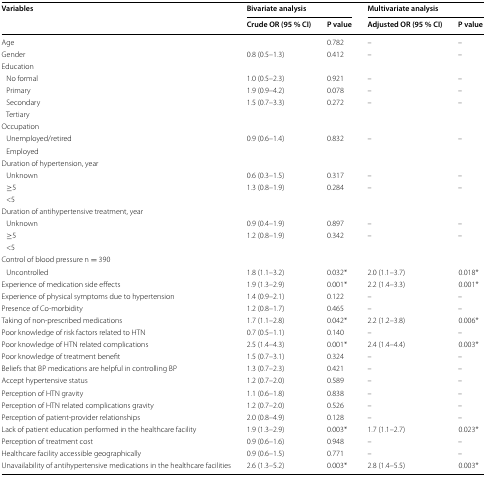
<table><thead><tr><td rowspan="2"><b>Variables</b></td><td colspan="2"><b>Bivariate analysis</b></td><td colspan="2"><b>Multivariate analysis</b></td></tr><tr><td><b>Crude OR (95 % CI)</b></td><td><b>P value</b></td><td><b>Adjusted OR (95 % CI)</b></td><td><b>P value</b></td></tr></thead><tbody><tr><td>Age</td><td></td><td>0.782</td><td>–</td><td>–</td></tr><tr><td>Gender</td><td>0.8 (0.5–1.3)</td><td>0.412</td><td>–</td><td>–</td></tr><tr><td colspan="5">Education</td></tr><tr><td> No formal</td><td>1.0 (0.5–2.3)</td><td>0.921</td><td>–</td><td>–</td></tr><tr><td> Primary</td><td>1.9 (0.9–4.2)</td><td>0.078</td><td>–</td><td>–</td></tr><tr><td> Secondary</td><td>1.5 (0.7–3.3)</td><td>0.272</td><td>–</td><td>–</td></tr><tr><td> Tertiary</td><td></td><td></td><td></td><td></td></tr><tr><td colspan="5">Occupation</td></tr><tr><td> Unemployed/retired</td><td>0.9 (0.6–1.4)</td><td>0.832</td><td>–</td><td>–</td></tr><tr><td> Employed</td><td></td><td></td><td></td><td></td></tr><tr><td colspan="5">Duration of hypertension, year</td></tr><tr><td> Unknown</td><td>0.6 (0.3–1.5)</td><td>0.317</td><td>–</td><td>–</td></tr><tr><td> ≥5</td><td>1.3 (0.8–1.9)</td><td>0.284</td><td>–</td><td>–</td></tr><tr><td> &lt;5</td><td></td><td></td><td></td><td></td></tr><tr><td colspan="5">Duration of antihypertensive treatment, year</td></tr><tr><td> Unknown</td><td>0.9 (0.4–1.9)</td><td>0.897</td><td>–</td><td>–</td></tr><tr><td> ≥5</td><td>1.2 (0.8–1.9)</td><td>0.342</td><td>–</td><td>–</td></tr><tr><td> &lt;5</td><td></td><td></td><td></td><td></td></tr><tr><td colspan="5">Control of blood pressure n = 390</td></tr><tr><td> Uncontrolled</td><td>1.8 (1.1–3.2)</td><td>0.032*</td><td>2.0 (1.1–3.7)</td><td>0.018*</td></tr><tr><td>Experience of medication side effects</td><td>1.9 (1.3–2.9)</td><td>0.001*</td><td>2.2 (1.4–3.3)</td><td>0.001*</td></tr><tr><td>Experience of physical symptoms due to hypertension</td><td>1.4 (0.9–2.1)</td><td>0.122</td><td>–</td><td>–</td></tr><tr><td>Presence of Co-morbidity</td><td>1.2 (0.8–1.7)</td><td>0.465</td><td>–</td><td>–</td></tr><tr><td>Taking of non-prescribed medications</td><td>1.7 (1.1–2.8)</td><td>0.042*</td><td>2.2 (1.2–3.8)</td><td>0.006*</td></tr><tr><td>Poor knowledge of risk factors related to HTN</td><td>0.7 (0.5–1.1)</td><td>0.140</td><td>–</td><td>–</td></tr><tr><td>Poor knowledge of HTN related complications</td><td>2.5 (1.4–4.3)</td><td>0.001*</td><td>2.4 (1.4–4.4)</td><td>0.003*</td></tr><tr><td>Poor knowledge of treatment benefit</td><td>1.5 (0.7–3.1)</td><td>0.324</td><td>–</td><td>–</td></tr><tr><td>Beliefs that BP medications are helpful in controlling BP</td><td>1.3 (0.7–2.3)</td><td>0.421</td><td>–</td><td>–</td></tr><tr><td>Accept hypertensive status</td><td>1.2 (0.7–2.0)</td><td>0.589</td><td>–</td><td>–</td></tr><tr><td>Perception of HTN gravity</td><td>1.1 (0.6–1.8)</td><td>0.838</td><td>–</td><td>–</td></tr><tr><td>Perception of HTN related complications gravity</td><td>1.2 (0.7–2.0)</td><td>0.526</td><td>–</td><td>–</td></tr><tr><td>Perception of patient-provider relationships</td><td>2.0 (0.8–4.9)</td><td>0.128</td><td>–</td><td>–</td></tr><tr><td>Lack of patient education performed in the healthcare facility</td><td>1.9 (1.3–2.9)</td><td>0.003*</td><td>1.7 (1.1–2.7)</td><td>0.023*</td></tr><tr><td>Perception of treatment cost</td><td>0.9 (0.6–1.6)</td><td>0.948</td><td>–</td><td>–</td></tr><tr><td>Healthcare facility accessible geographically</td><td>0.9 (0.6–1.5)</td><td>0.771</td><td>–</td><td>–</td></tr><tr><td>Unavailability of antihypertensive medications in the healthcare facilities</td><td>2.6 (1.3–5.2)</td><td>0.003*</td><td>2.8 (1.4–5.5)</td><td>0.003*</td></tr></tbody></table>